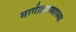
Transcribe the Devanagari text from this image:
मार्गक्रमणाच्या